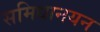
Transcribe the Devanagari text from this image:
समिधानयन